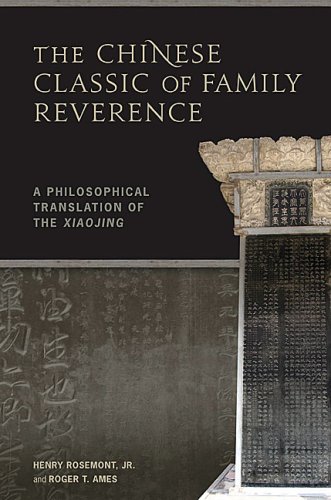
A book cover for The Chinese Classic of Family Reverence: A Philosophical Translation of the Xiaojing; Henry Rosemont Jr.; Religion & Spirituality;